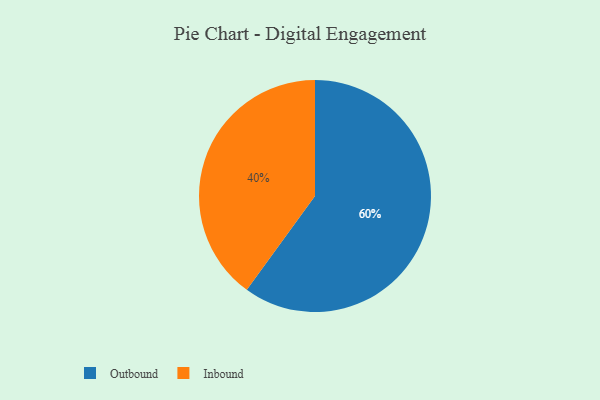
{"axis": {"x": "Category", "y": "Percentage"}, "legend": ["Inbound", "Outbound"], "data": [{"x": "Inbound", "y": 40, "type": "Inbound"}, {"x": "Outbound", "y": 60, "type": "Outbound"}]}